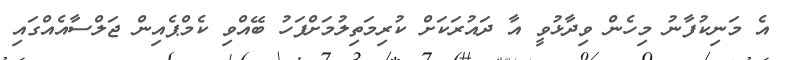
އެ މަނިކުފާނު މިހެން ވިދާޅުވީ އާ ދައުރަކަށް ކުރިމަތިލުމަށްފަހު ބޭއްވި ކެމްޕެއިން ޖަލްސާއެއްގައި